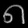
Digit: ၈